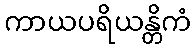
ကာယပရိယန္တိကံ